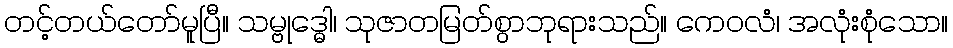
တင့်တယ်တော်မူပြီ။ သမ္ဗုဒ္ဓေါ၊ သုဇာတမြတ်စွာဘုရားသည်။ ကေဝလံ၊ အလုံးစုံသော။